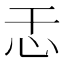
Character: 𫹯